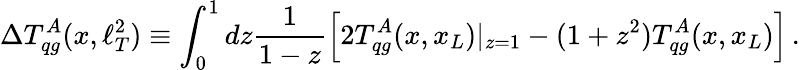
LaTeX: \Delta T_{qg}^{A}(x,\ell_{T}^{2})\equiv\int_{0}^{1}dz\frac{1}{1-z}\left[2T_{qg}^{A}(x,x_{L})|_{z=1}-(1+z^{2})T_{qg}^{A}(x,x_{L})\right]\, .